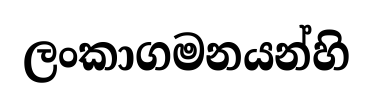
ලංකාගමනයන්හි